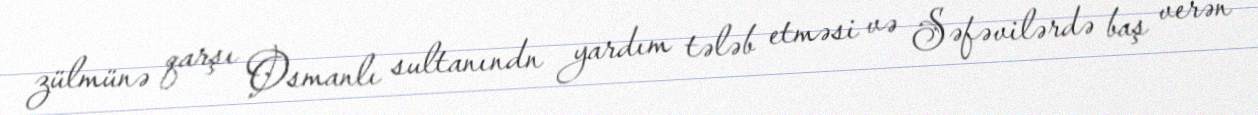
zülmünə qarşı Osmanlı sultanındn yardım tələb etməsi və Səfəvilərdə baş verən